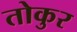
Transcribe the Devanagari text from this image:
तोकुर